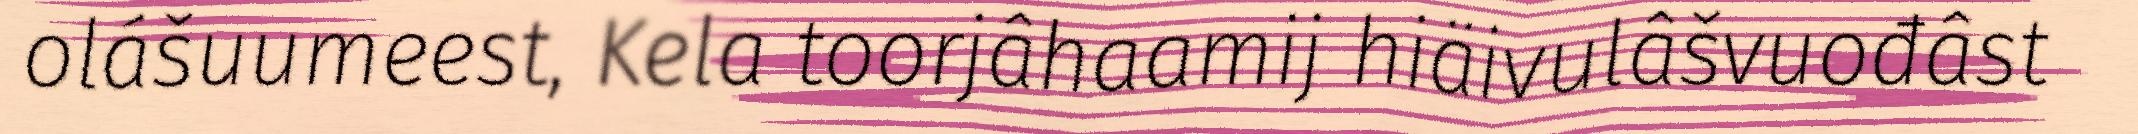
olášuumeest, Kela toorjâhaamij hiäivulâšvuođâst